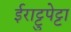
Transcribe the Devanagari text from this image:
ईराट्टुपेट्टा